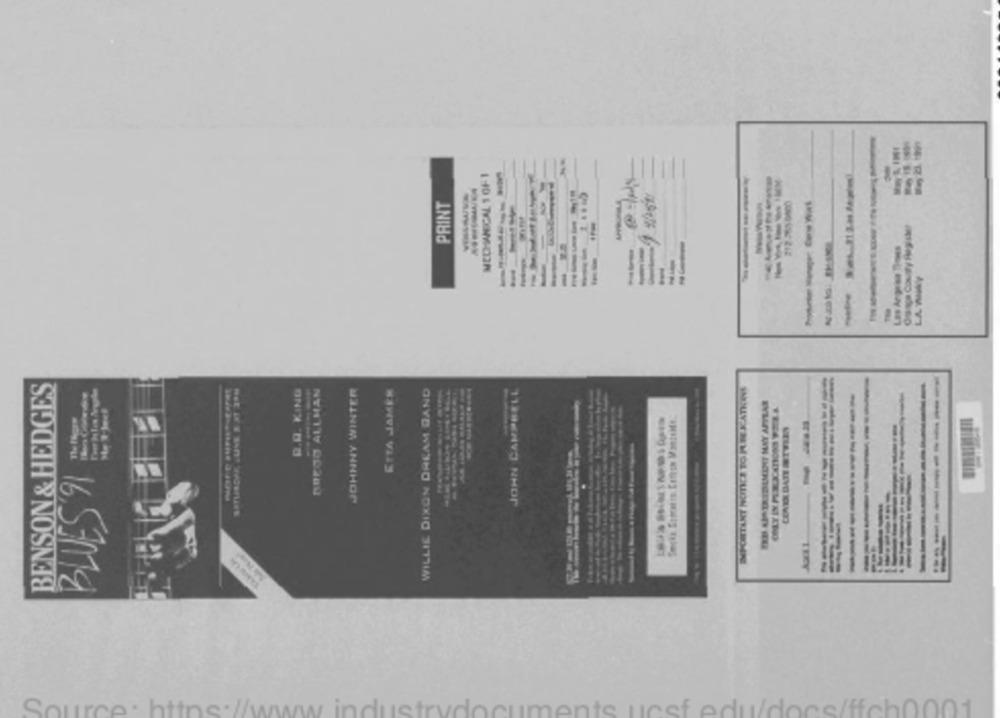
MECHANICAL 1 OF 1
---
------
PRINT
Orange County Register
--
--
LA WINY
BENSON & HEDGES
JOHNNY WINTER
ETTA JAMES
WILLIE DIXON DREAM BAND
JOHN CAMPBELL
B.B. KING
BREJO ALLHAN
------
--
CONEX DATE STWIEY
BLUES "1
-
Source: https://www.industrydocuments.ucsf edu/docs/ffch0001